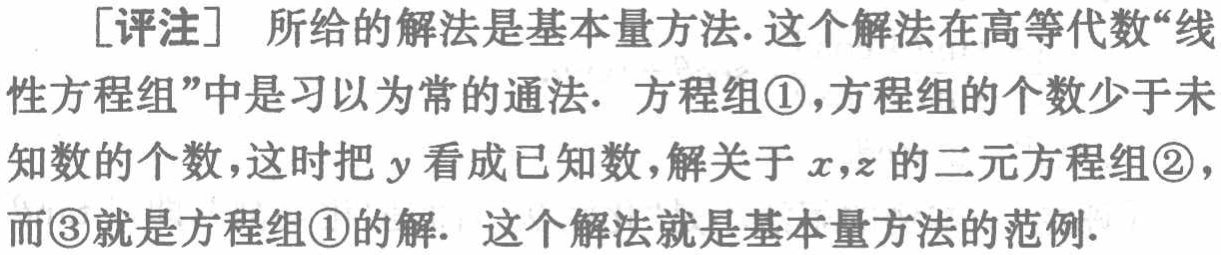
[评注] 所给的解法是基本量方法. 这个解法在高等代数“线性方程组”中是习以为常的通法. 方程组\textcircled{1}，方程组的个数少于未知数的个数，这时把 \(y\) 看成已知数，解关于 \(x,z\) 的二元方程组\textcircled{2}，而\textcircled{3}就是方程组\textcircled{1}的解. 这个解法就是基本量方法的范例.